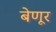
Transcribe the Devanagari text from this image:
बेणूर